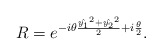
\begin{align*}R=e^{-i\theta\frac{\hat{y_1}^2+\hat{y_2}^2}{2}+i\frac{\theta}{2}}.\end{align*}